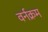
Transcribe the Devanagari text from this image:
वर्नक्रम